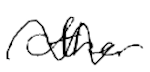
Text: other
Cross-out: wave
Writing tool: digital_black